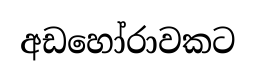
අඩහෝරාවකට